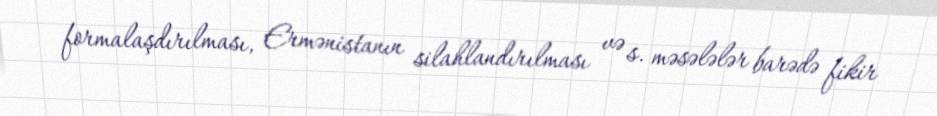
formalaşdırılması, Ermənistanın silahlandırılması və s. məsələlər barədə fikir